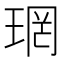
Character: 𪻫